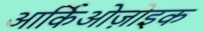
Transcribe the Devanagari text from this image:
आर्किओज़ोइक